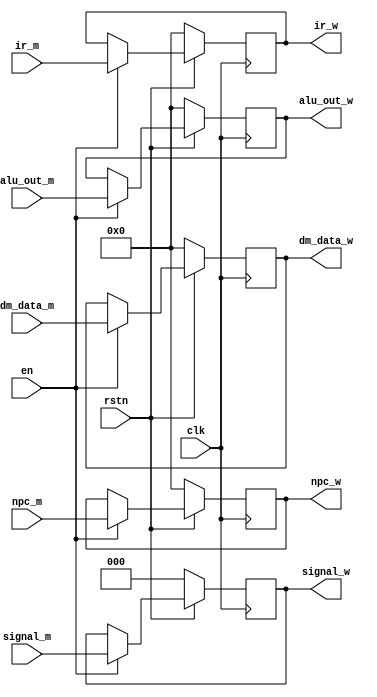
`timescale 1ns / 1ps
//////////////////////////////////////////////////////////////////////////////////
// Company: 
// Engineer: 
// 
// Design Name: 
// Module Name: MEM_WB
// Project Name: 
// Target Devices: 
// Tool Versions: 
// Description: 
// 
// Dependencies: 
// 
// Revision:
// Revision 0.01 - File Created
// Additional Comments:
// 
//////////////////////////////////////////////////////////////////////////////////


module MEM_WB(
    input [2:0] signal_m,
    input [31:0] npc_m,
    input [31:0] dm_data_m,
    // input [31:0] rf_data2_m,
    input [31:0] alu_out_m,
    input [31:0] ir_m,
    input clk,
    input en,
    input rstn,
    output [2:0] signal_w,
    output [31:0] npc_w,
    output [31:0] dm_data_w,
    // output [31:0] rf_data2_w,
    output [31:0] alu_out_w,
    output [31:0] ir_w
);
reg [2:0] SIGNAL_M = 3'b0;
reg [31:0] NPC_M = 32'b0;
reg [31:0] DM_DATA_M = 32'b0;
reg [31:0] ALU_OUT_M = 32'b0;
reg [31:0] IR_M = 32'b0;
always@(posedge clk)begin
if(!rstn)
    begin
        NPC_M <= 32'b0;
        IR_M <= 32'b0;
        DM_DATA_M <= 32'b0;
        ALU_OUT_M <= 32'b0;
        SIGNAL_M <= 3'b0;
    end
    else if(!en)begin

    end
    else begin
        NPC_M <= npc_m;
        IR_M <= ir_m;
        DM_DATA_M <= dm_data_m;
        ALU_OUT_M <= alu_out_m;
        SIGNAL_M <= signal_m;
    end
end
assign npc_w = NPC_M;
assign ir_w = IR_M;
assign alu_out_w = ALU_OUT_M;
assign dm_data_w = DM_DATA_M;
assign signal_w = SIGNAL_M;

endmodule